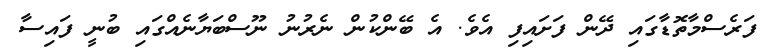
ފަރެސްމާތޮޑާގައި ދޭން ފަށައިފި އެވެ. އެ ބޭންކުން ނެރުނު ނޫސްބަޔާނެއްގައި ބުނީ ފައިސާ